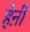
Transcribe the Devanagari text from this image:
हेऩी